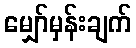
မျှော်မှန်းချက်